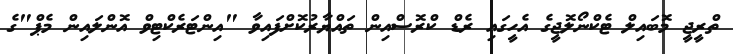
ތްރީޖީ މޮބައިލް ޓެކްނޯލޮޖީގެ އެހީގައި ރެޑް ކްރޮސްއިން ތައްޔާރުކޮށްފައިވާ "އިންޓަރެކްޓިވް އޮންލައިން މެޕް"ގެ